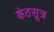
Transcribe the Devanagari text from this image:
कंठसूत्र